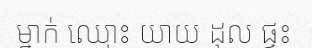
ម្នាក់ ឈ្មោះ យាយ ដុល ផ្ទះ